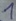
Text: 1